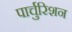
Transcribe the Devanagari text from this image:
पार्चुरिशन